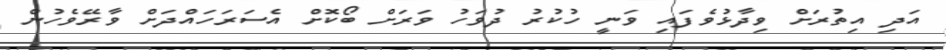
އަދި އިތުރަށް ވިދާޅުވެފައި ވަނީ ހުކުރު ދުވަހު ވަރަށް ބޯކޮށް އެސަރަހައްދަށް ވާރޭވެހުން